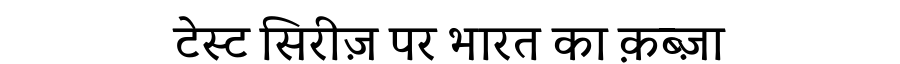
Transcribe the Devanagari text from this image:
टेस्ट सिरीज़ पर भारत का क़ब्ज़ा